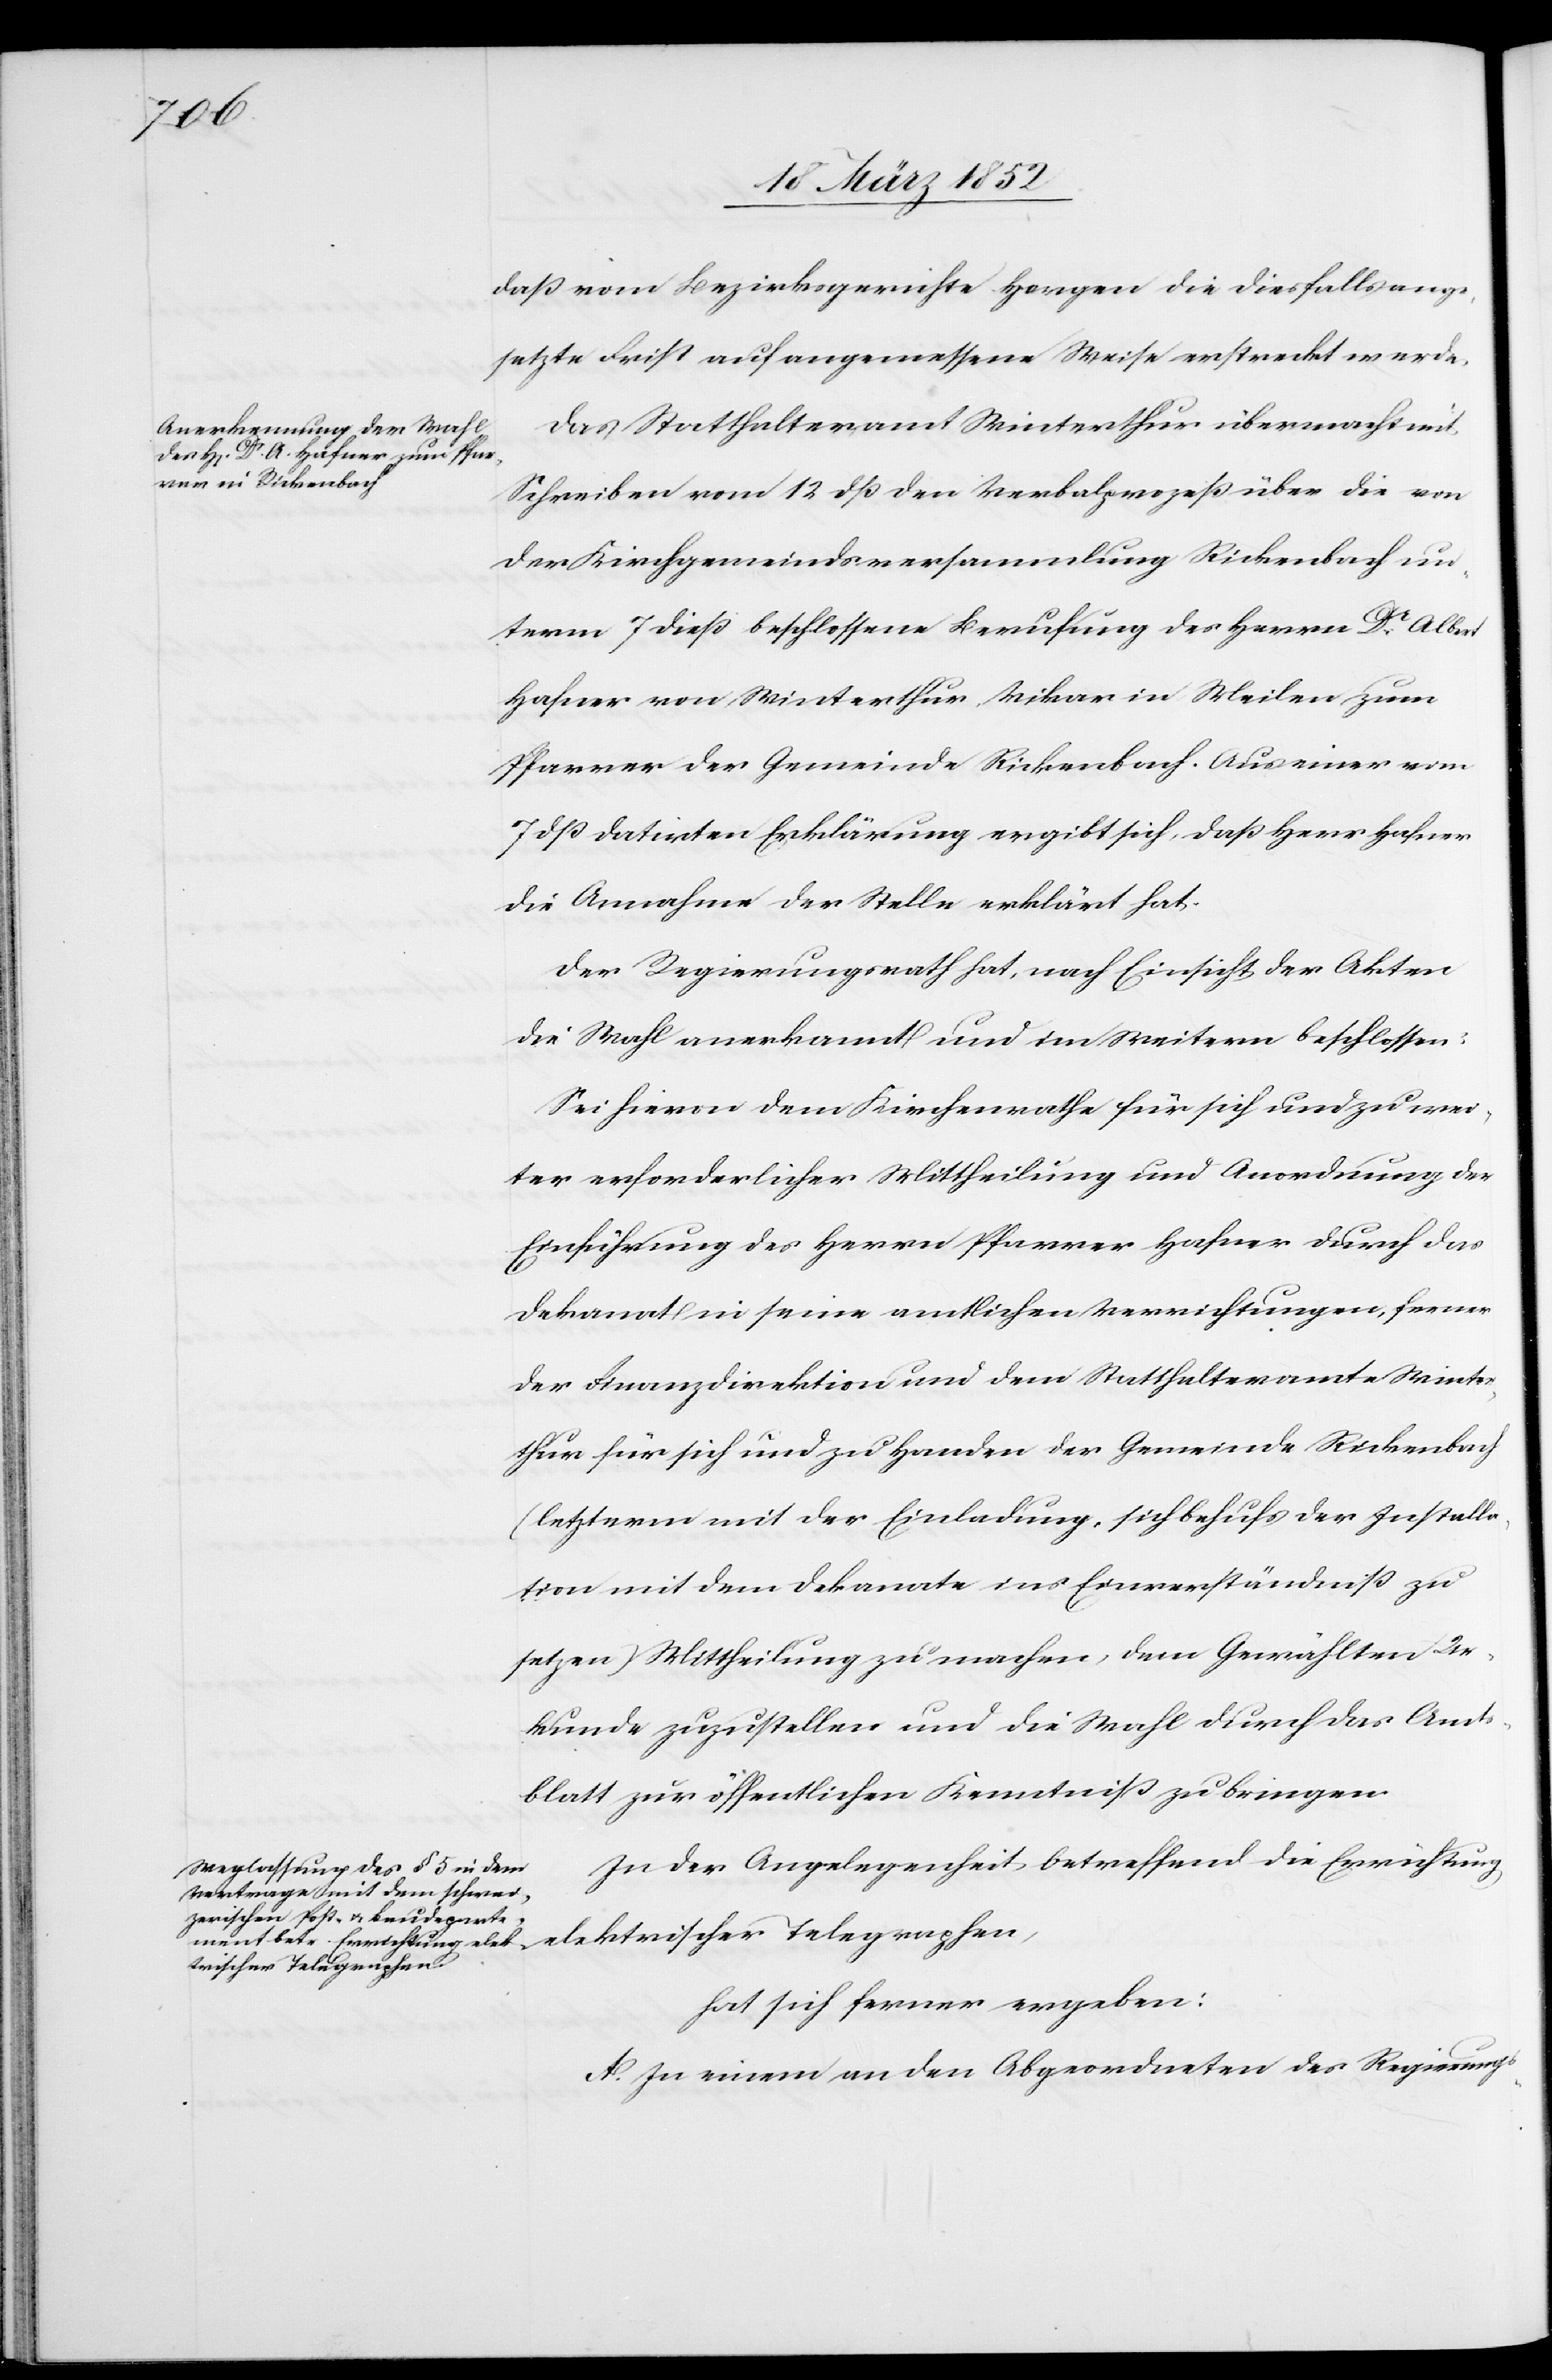
elek¬
daß vom Bezirksgerichte Horgen die diesfalls ange¬
setzte Frist auf angemessene Weise erstreckt werde.
Das Statthalteramt Winterthur übermacht mit
Schreiben vom 12 dß den Verbalprozeß über die von
der Kirchgemeindsversammlung Rickenbach un¬
term 7 dieß beschlossene Berufung des Herrn Dr Albert
Hafner von Winterthur Vikar in Meilen zum
Pfarrer der Gemeinde Rickenbach. Aus einer vom
7 dß datirten Erklärung ergibt sich, daß Herr Hafner
die Annahme der Stelle erklärt hat.
Der Regierungsrath hat, nach Einsicht der Akten
die Wahl anerkannt und im Weitern beschlossen:
Sei hievon dem Kirchenrathe für sich und zu wei¬
ter erforderlicher Mittheilung und Anordnung der
Einführung des Herrn Pfarrer Hafner durch das
Dekanat in seine amtlichen Verrichtungen, ferner
der Finanzdirektion und dem Statthalteramte Winter¬
thur für sich und zu Handen der Gemeinde Rickenbach
(letzterm mit der Einladung, sich behufs der Installa¬
tion mit dem Dekanate ins Einverständniß zu
setzen) Mittheilung zu machen, dem Gewählten Ur¬
kunde zuzustellen und die Wahl durch das Amts¬
blatt zur öffentlichen Kenntniß zu bringen.
In der Angelegenheit betreffend die Errichtung
trischer Telegraphen,
A. In einem an den Abgeordneten des Regierungs-